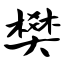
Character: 樊